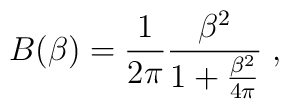
B(\beta) =\frac 1{2\pi} \frac{\beta^2}{1+\frac{\beta^2}{4\pi}}\;,